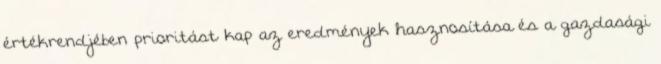
értékrendjében prioritást kap az eredmények hasznosítása és a gazdasági